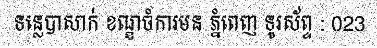
ទន្លេបាសាក់ ខណ្ឌចំការមន ភ្នំពេញ ទូរស័ព្ទ : 023